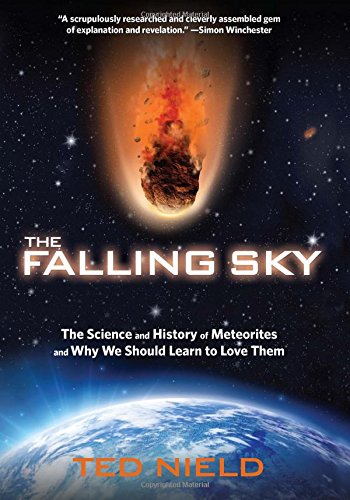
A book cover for Falling Sky: The Science And History Of Meteorites And Why We Should Learn To Love Them; Ted Nield; Science & Math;